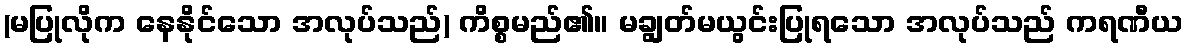
(မပြုလိုက နေနိုင်သော အလုပ်သည်) ကိစ္စမည်၏။ မချွတ်မယွင်းပြုရသော အလုပ်သည် ကရဏီယ